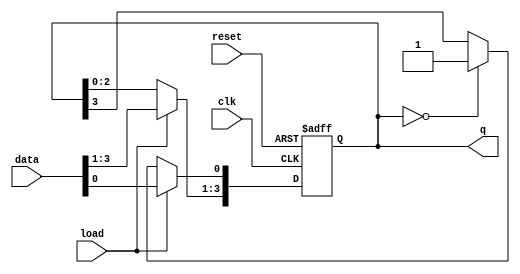
module LoadableRingCounter #(
    parameter N = 4 // Parameter to define the number of bits in the counter
)(
    input wire clk,          // Clock signal
    input wire reset,        // Asynchronous reset signal
    input wire load,         // Load signal
    input wire [N-1:0] data, // N-bit input data for loading
    output reg [N-1:0] q     // Current state output
);

    always @(posedge clk or posedge reset) begin
        if (reset) begin
            // Reset counter to all zeros
            q <= 0;
        end else if (load) begin
            // Load the counter with the specified value
            q <= data;
        end else begin
            // Ring counter behavior: Shift the '1' to the right
            q <= {q[N-2:0], q[N-1]}; // Shift right with wrap-around
            if (q == 0) begin
                // Initialize to first state if all bits are zero
                q[0] <= 1;
            end
        end
    end

endmodule